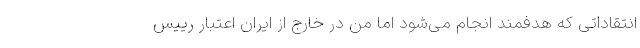
انتقاداتی که هدفمند انجام می‌شود اما من در خارج از ایران اعتبار رییس